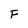
Character: F